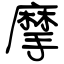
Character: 摩